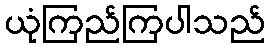
ယုံကြည်ကြပါသည်